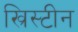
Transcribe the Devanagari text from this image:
ख्रिस्टीन